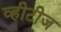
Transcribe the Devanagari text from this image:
व्हीटीज